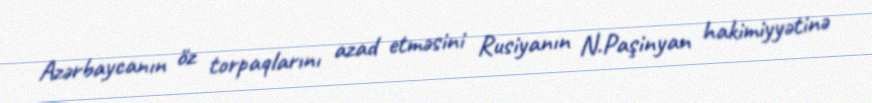
Azərbaycanın öz torpaqlarını azad etməsini Rusiyanın N.Paşinyan hakimiyyətinə